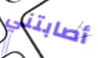
أصابتني